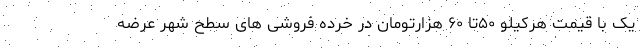
یک با قیمت هرکیلو ۵۰تا ۶۰ هزارتومان در خرده فروشی های سطح شهر عرضه